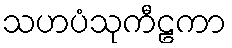
သဟပံသုကီဠကာ